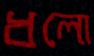
ধলো